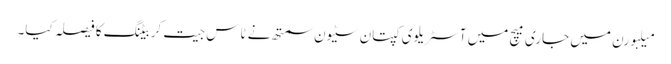
میلبورن میں جاری میچ میں آسٹریلوی کپتان سٹیون سمتھ نے ٹاس جیت کر بیٹنگ کا فیصلہ کیا۔